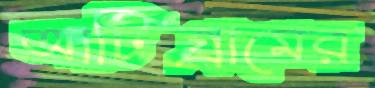
আটিগ্রামের